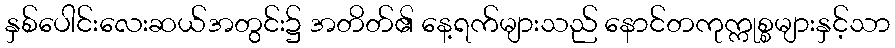
နှစ်ပေါင်းလေးဆယ်အတွင်း၌ အတိတ်၏ နေ့ရက်များသည် နောင်တကုက္ကုစ္စများနှင့်သာ